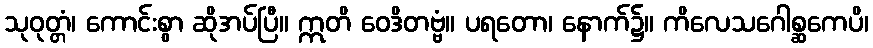
သုဝုတ္တံ၊ ကောင်းစွာ ဆိုအပ်ပြီ။ ဣတိ ဝေဒိတဗ္ဗံ။ ပရတော၊ နောက်၌။ ကိလေသဂေါစ္ဆကေပိ၊